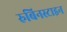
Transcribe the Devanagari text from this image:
रुबिनस्टाइन